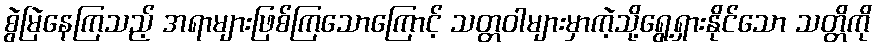
စွဲမြဲနေကြသည့် အရာများဖြစ်ကြသောကြောင့် သတ္တဝါများမှာကဲ့သို့ရွေ့ရှားနိုင်သော သတ္တိကို